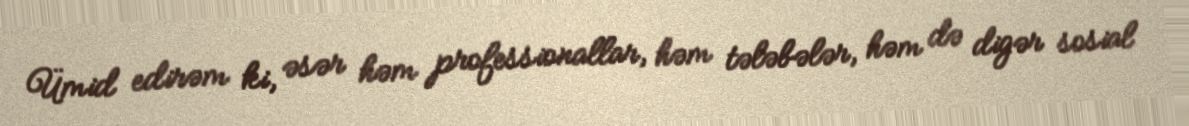
Ümid edirəm ki, əsər həm professionallar, həm tələbələr, həm də digər sosial